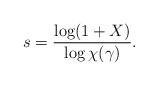
\begin{align*}s=\frac{\log(1+X)}{\log\chi (\gamma)}.\end{align*}